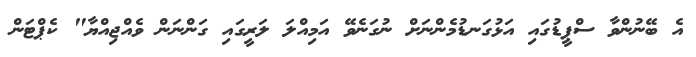
އެ ބޭނުންވާ ސްޕީޑުގައި އަޅުގަނޑުމެންނަށް ނުގަނެވޭ އަމިއްލަ ލަރީގައި ގަންނަން ވެއްޖިއްޔާ" ކެޕްޓަން